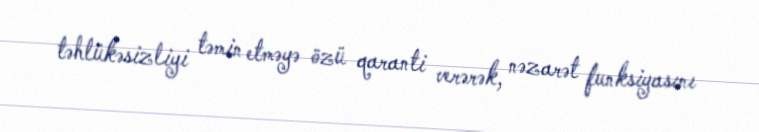
təhlükəsizliyi təmin etməyə özü qaranti verərək, nəzarət funksiyasını